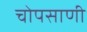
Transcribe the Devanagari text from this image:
चोपसाणी